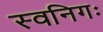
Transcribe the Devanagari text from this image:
स्वनिगः